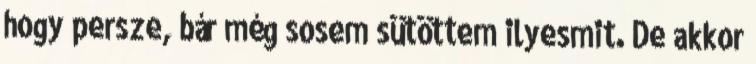
hogy persze, bár még sosem sütöttem ilyesmit. De akkor